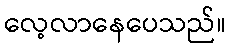
လေ့လာနေပေသည်။